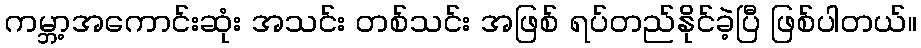
ကမ္ဘာ့အကောင်းဆုံး အသင်း တစ်သင်း အဖြစ် ရပ်တည်နိုင်ခဲ့ပြီ ဖြစ်ပါတယ်။